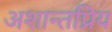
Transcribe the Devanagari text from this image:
अशान्तप्रिय